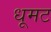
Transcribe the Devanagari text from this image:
धूमट